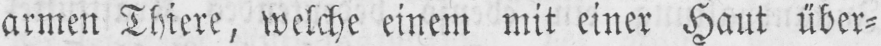
armen Thiere, welche einem mit einer Haut über⸗